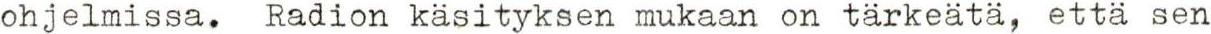
ohjelmissa. Radion käsityksen mukaan on tärkeätä, että sen